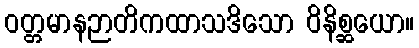
ဝတ္တမာနဉာတိကထာသဒိသော ဝိနိစ္ဆယော။